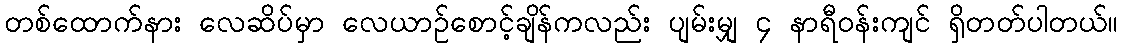
တစ်ထောက်နား လေဆိပ်မှာ လေယာဉ်စောင့်ချိန်ကလည်း ပျမ်းမျှ ၄ နာရီဝန်းကျင် ရှိတတ်ပါတယ်။